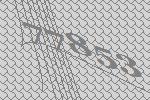
77853